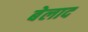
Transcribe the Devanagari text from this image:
बेलाद